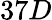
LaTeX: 37D